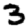
Digit: 3